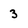
Character: 3